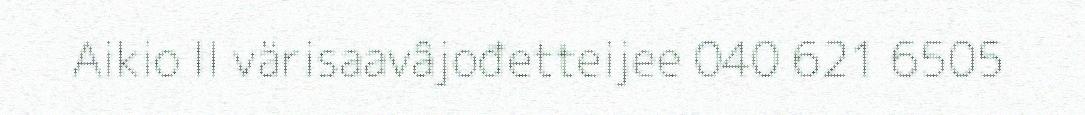
Aikio II värisaavâjođetteijee 040 621 6505